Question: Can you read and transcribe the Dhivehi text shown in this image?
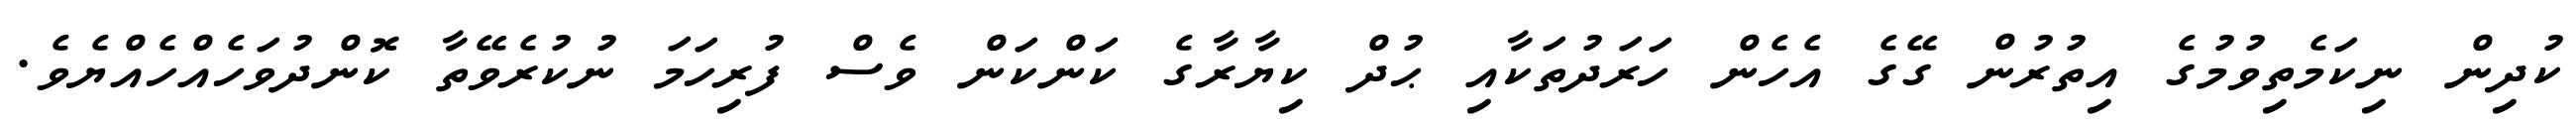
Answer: ކުދިން ނިކަމެތިވުމުގެ އިތުރުން ގޭގެ އެހެން ހަރަދުތަކާއި ޙުދް ކިޔާރާގެ ކަންކަން ވެސް ފުރިހަމަ ނުކުރެވޭތާ ކޮންދުވަހެއްހެއްޔެވެ.